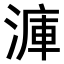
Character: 𣹫